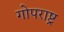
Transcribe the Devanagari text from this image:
गोपराष्ट्र